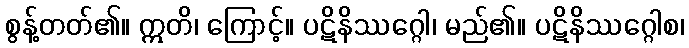
စွန့်တတ်၏။ ဣတိ၊ ကြောင့်။ ပဋိနိဿဂ္ဂေါ၊ မည်၏။ ပဋိနိဿဂ္ဂေါစ၊